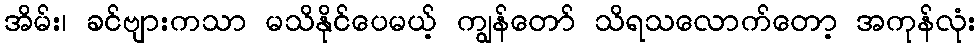
အိမ်း၊ ခင်ဗျားကသာ မသိနိုင်ပေမယ့် ကျွန်တော် သိရသလောက်တော့ အကုန်လုံး